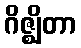
ဂိဇ္ဈိတာ